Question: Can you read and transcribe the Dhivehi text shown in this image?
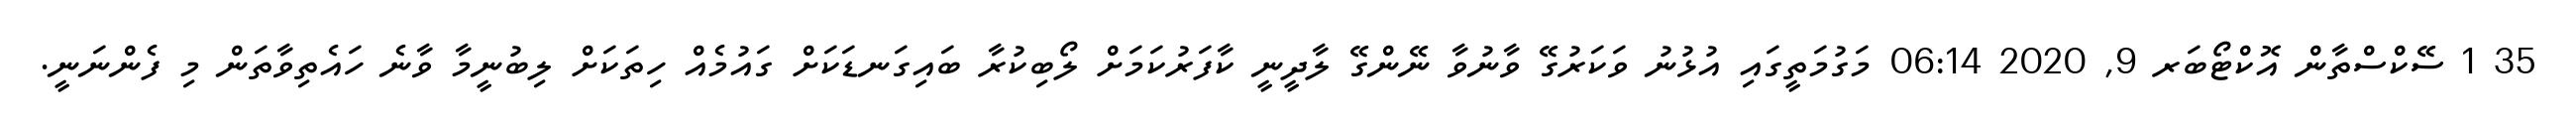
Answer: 35 1 ސޭކްސްތާން އޮކްޓޯބަރ 9, 2020 06:14 މަގުމަތީގައި އުޅުނު ވަކަރުގޭ ވާނުވާ ނޭންގޭ ލާދީނީ ކާފަރުކަމަށް ލޯބިކުރާ ބައިގަނޑަކަށް ގައުމެއް ހިތަކަށް ލިބުނީމާ ވާނެ ހައެތިވާތަން މި ފެންނަނީ.